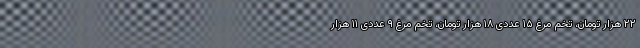
۲۲ هزار تومان، تخم مرغ ۱۵ عددی ۱۸ هزار تومان، تخم مرغ ۹ عددی ۱۱ هزار